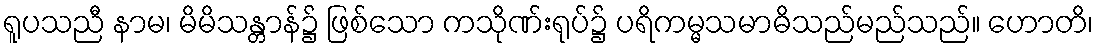
ရူပသညီ နာမ၊ မိမိသန္တာန်၌ ဖြစ်သော ကသိုဏ်းရုပ်၌ ပရိကမ္မသမာဓိသည်မည်သည်။ ဟောတိ၊